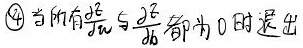
\textcircled{4} 当所有$\frac{\partial z}{\partial u}$与$\frac{\partial z}{\partial v}$都为$0$时退出